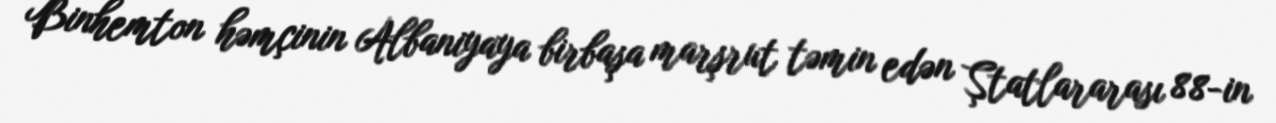
Binhemton həmçinin Albaniyaya birbaşa marşrut təmin edən Ştatlararası 88-in